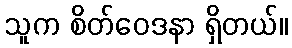
သူက စိတ်ဝေဒနာ ရှိတယ်။